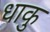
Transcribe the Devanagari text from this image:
धाकु